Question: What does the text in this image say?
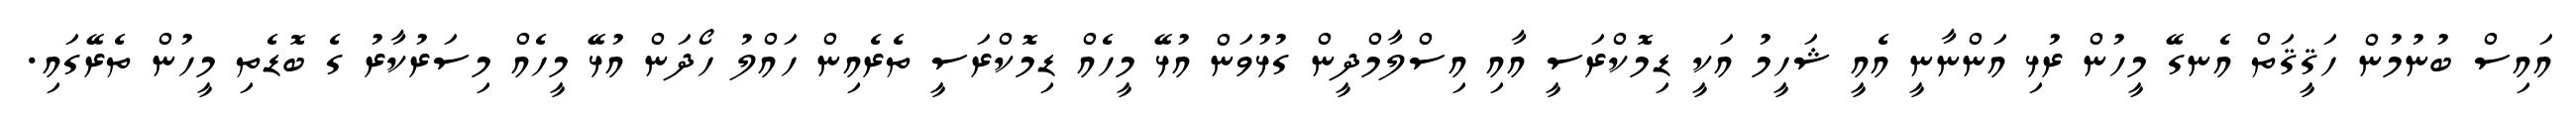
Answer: އައިސް ބުނުމުން ހަޤީޤަތް އެނގޭ މީހުން ރުޅި އަންނާނީ އެއީ ޝަހީމު އަކީ ޑިމޮކްރަސީ އާއި އިސްލާމްދީން ގުޅުވަން އުޅޭ މީހެއް ޑިމޮކްރަސީ ތެރެއިން ހައްލު ހޯދަން އުޅޭ މީހެއް މިސަރުކާރު ގެ ބޮޑެތި މީހުން ތެރޭގައި.